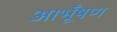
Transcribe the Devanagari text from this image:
आभूँषण